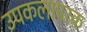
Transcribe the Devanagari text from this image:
उपकलापरक